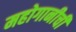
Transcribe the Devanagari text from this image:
महोगानीची